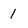
Character: 1